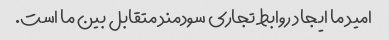
امید ما ایجاد روابط تجاری سودمند متقابل بین ما است.